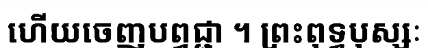
ហើយចេញបព្វជ្ជា ។ ព្រះពុទ្ធបុស្សៈ